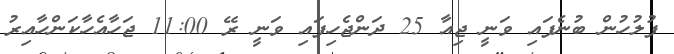
ފުލުހުން ބުނެފައި ވަނީ ޖިއާ 25 ދަންޖެހިފައި ވަނީ ރޭ 11:00 ޖަހާއެހާކަންހާއިރު